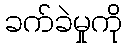
ခက်ခဲမှုကို